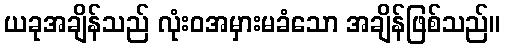
ယခုအချိန်သည် လုံးဝအမှားမခံသော အချိန်ဖြစ်သည်။